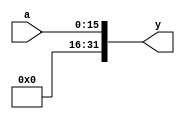
module zeroext(input [15:0] a, //new zero immediate extend for extension of positive immediates 
              output [31:0] y);
  assign y = {{16{1'b0}}, a};
endmodule